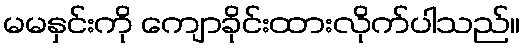
မမနှင်းကို ကျောခိုင်းထားလိုက်ပါသည်။